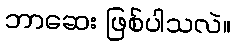
ဘာဆေး ဖြစ်ပါသလဲ။